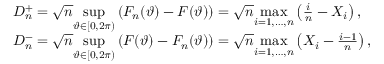
\begin{array} { r l } & { D _ { n } ^ { + } = \sqrt { n } \underset { \vartheta \in [ 0 , 2 \pi ) } { \operatorname* { s u p } } \left( F _ { n } ( \vartheta ) - F ( \vartheta ) \right) = \sqrt { n } \underset { i = 1 , \ldots , n } { \operatorname* { m a x } } \left( \frac { i } { n } - X _ { i } \right) , } \\ & { D _ { n } ^ { - } = \sqrt { n } \underset { \vartheta \in [ 0 , 2 \pi ) } { \operatorname* { s u p } } \left( F ( \vartheta ) - F _ { n } ( \vartheta ) \right) = \sqrt { n } \underset { i = 1 , \ldots , n } { \operatorname* { m a x } } \left( X _ { i } - \frac { i - 1 } { n } \right) , } \end{array}